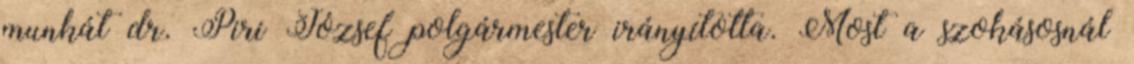
munkát dr. Piri József polgármester irányította. Most a szokásosnál